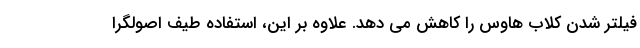
فیلتر شدن کلاب هاوس را کاهش می دهد. علاوه بر این، استفاده طیف اصولگرا